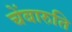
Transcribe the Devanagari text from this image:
चेंबारुति